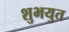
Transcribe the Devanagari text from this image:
शुभयुत